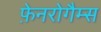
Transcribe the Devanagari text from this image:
फ़ेनरोगैम्स